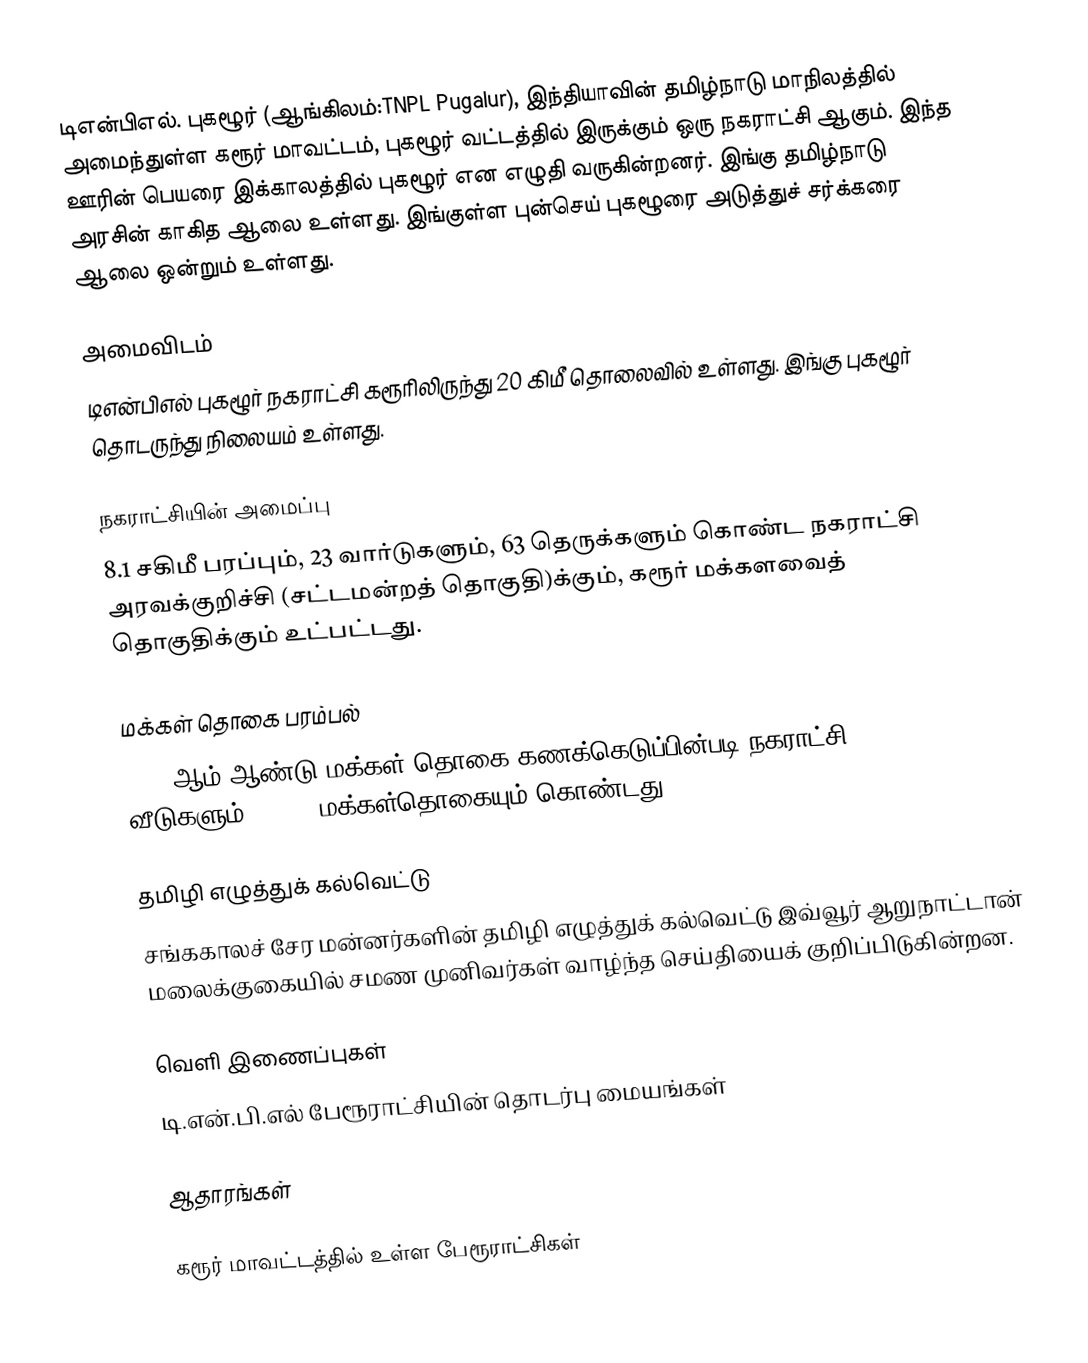
டிஎன்பிஎல். புகழூர்  (ஆங்கிலம்:TNPL Pugalur), இந்தியாவின் தமிழ்நாடு மாநிலத்தில் அமைந்துள்ள கரூர் மாவட்டம், புகழூர் வட்டத்தில் இருக்கும் ஒரு நகராட்சி ஆகும். இந்த ஊரின் பெயரை இக்காலத்தில் புகழூர் என எழுதி வருகின்றனர். இங்கு தமிழ்நாடு அரசின் காகித ஆலை உள்ளது. இங்குள்ள புன்செய் புகழூரை அடுத்துச் சர்க்கரை ஆலை ஒன்றும் உள்ளது.

அமைவிடம்
டிஎன்பிஎல் புகழூர் நகராட்சி கரூரிலிருந்து 20 கிமீ தொலைவில் உள்ளது. இங்கு புகழூர் தொடருந்து நிலையம் உள்ளது.

நகராட்சியின் அமைப்பு
8.1 சகிமீ பரப்பும்,   23 வார்டுகளும்,  63  தெருக்களும் கொண்ட நகராட்சி  அரவக்குறிச்சி (சட்டமன்றத் தொகுதி)க்கும், கரூர் மக்களவைத் தொகுதிக்கும் உட்பட்டது.

மக்கள் தொகை பரம்பல்
2011-ஆம் ஆண்டு மக்கள் தொகை கணக்கெடுப்பின்படி  நகராட்சி 1,628   வீடுகளும், 5,556  மக்கள்தொகையும் கொண்டது.

தமிழி எழுத்துக் கல்வெட்டு
சங்ககாலச் சேர மன்னர்களின் தமிழி எழுத்துக் கல்வெட்டு இவ்வூர் ஆறுநாட்டான் மலைக்குகையில் சமண முனிவர்கள் வாழ்ந்த செய்தியைக் குறிப்பிடுகின்றன.

வெளி இணைப்புகள்
 டி.என்.பி.எல் பேரூராட்சியின் தொடர்பு மையங்கள்

ஆதாரங்கள்

கரூர் மாவட்டத்தில் உள்ள பேரூராட்சிகள்